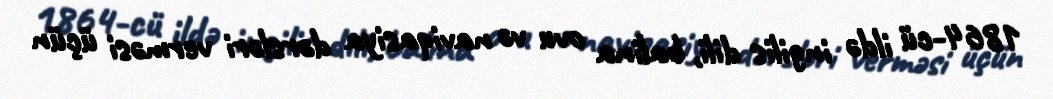
1864-cü ildə ingilis dili, balina ovu və naviqasiya dərsləri verməsi üçün